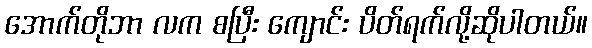
အောက်တိုဘာ လက စပြီး ကျောင်း ပိတ်ရက်လို့ဆိုပါတယ်။